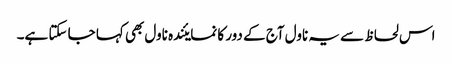
اس لحاظ سے یہ ناول آج کے دور کا نمایئندہ ناول بھی کہا جا سکتا ہے۔